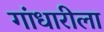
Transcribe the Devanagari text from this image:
गांधारीला